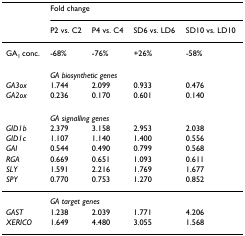
|  | <COLSPAN=4> Fold change |
 |  | P2 vs. C2 | P4 vs. C4 | SD6 vs. LD6 | SD10 vs. LD10 |
 | --- | --- | --- | --- | --- |
 | GA1 conc. | -68% | -76% | +26% | -58% |
 |  | <COLSPAN=4> GA biosynthetic genes |
 | GA3ox | 1.744 | 2.099 | 0.933 | 0.476 |
 | GA2ox | 0.236 | 0.170 | 0.601 | 0.140 |
 |  | <COLSPAN=4> GA signalling genes |
 | GID1b | 2.379 | 3.158 | 2.953 | 2.038 |
 | GID1c | 1.107 | 1.140 | 1.400 | 0.556 |
 | GAI | 0.544 | 0.490 | 0.799 | 0.568 |
 | RGA | 0.669 | 0.651 | 1.093 | 0.611 |
 | SLY | 1.591 | 2.216 | 1.769 | 1.677 |
 | SPY | 0.770 | 0.753 | 1.270 | 0.852 |
 |  | <COLSPAN=4> GA target genes |
 | GAST | 1.238 | 2.039 | 1.771 | 4.206 |
 | XERICO | 1.649 | 4.480 | 3.055 | 1.568 |